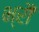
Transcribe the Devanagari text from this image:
भ्रौं